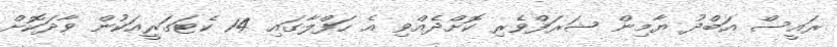
ރައީސް އަބްދު ޔާމިން ޝަރަފްވެރި ކޮށްދެއްވި އެ ހަފްލާގައި 14 ކެޓަގަރީއަކުން ވާދަކޮށް